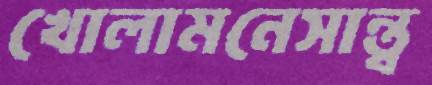
খোলামনেসান্ত্ব